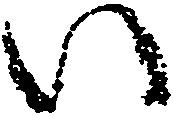
い